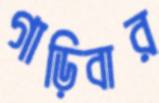
গাড়িবার